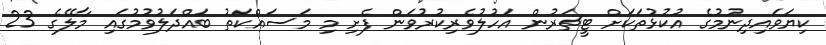
ކިޔަވައިދިނުމުގެ އުކުޅުތަކަށް ޓީޗަރުން އަހުލުވެރިކުރުވަން ފެށި މި މަސައްކަތު ބައްދަލުވުމުގައި މާލޭގެ 23